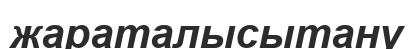
жараталысытану